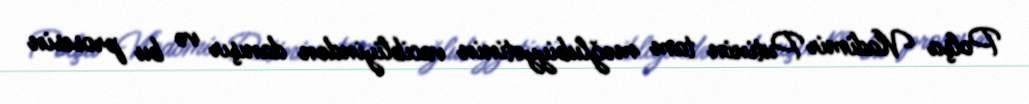
Polşa Vladimir Putinin tam məğlubiyyətinin vacibliyindən danışır və bu prosesin